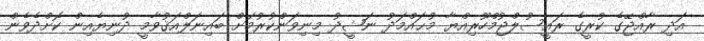
އަދި ރާއްޖޭގެ ކުރީގެ ރައީސުލްޖުމްހޫރިއްޔާ މުޙައްމަދު ނަޝީދު މިނިވަންކުރުމަށް ބައިނަލްއަޤުވާމީ ދުނިޔެއިން ކޮށްދެވެން